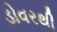
ડોવરથી